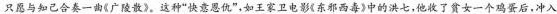
只愿与知己合奏一曲《广陵散》。这种”快意恩仇”，如王家卫电影《东邪西毒》中的洪七，他收了贫女一个鸡蛋后，冲入